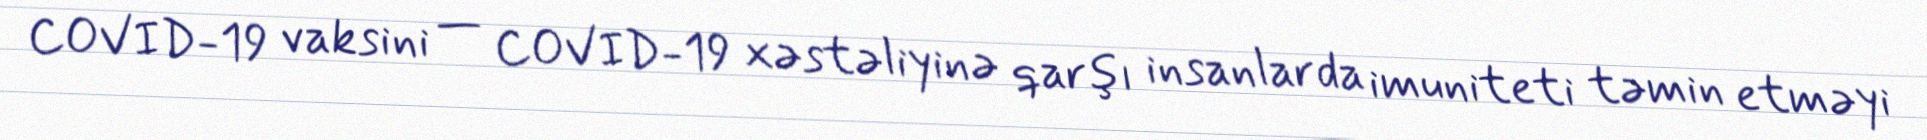
COVID-19 vaksini — COVID-19 xəstəliyinə qarşı insanlarda imuniteti təmin etməyi